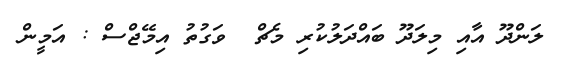
ލަންދޫ އާއި މިލަދޫ ބައްދަލުކުރި މެޗް  ވަގުތު އިމޭޖްސް : އަމީން